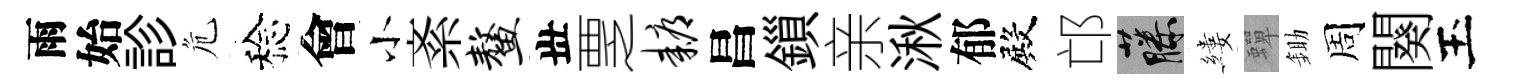
雨始診危稔會小紊鳌丗覂耨昌鎻亲湫郁殿邙藤縷蟬鋤周闋玉